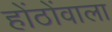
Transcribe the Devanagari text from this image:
होंठोंवाला